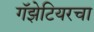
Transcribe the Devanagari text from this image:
गॅझेटियरचा